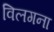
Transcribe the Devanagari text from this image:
विलगना